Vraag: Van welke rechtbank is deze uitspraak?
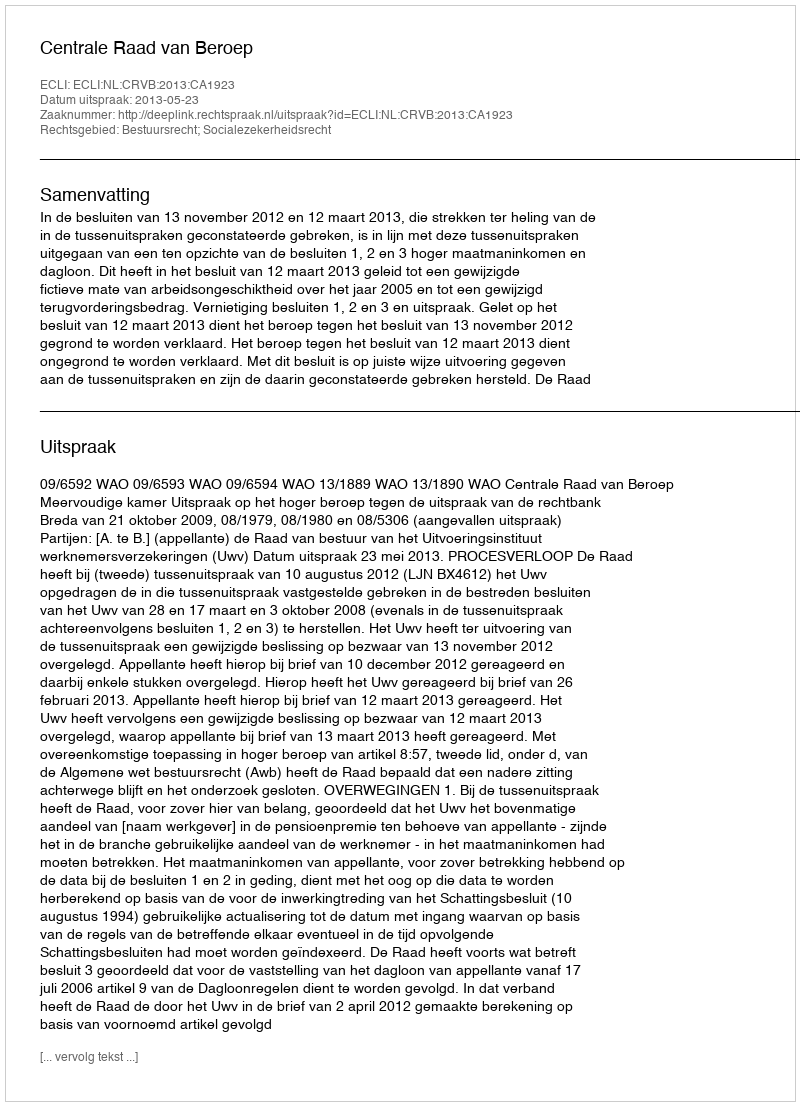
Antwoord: Centrale Raad van Beroep